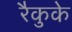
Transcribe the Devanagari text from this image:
रैकुके